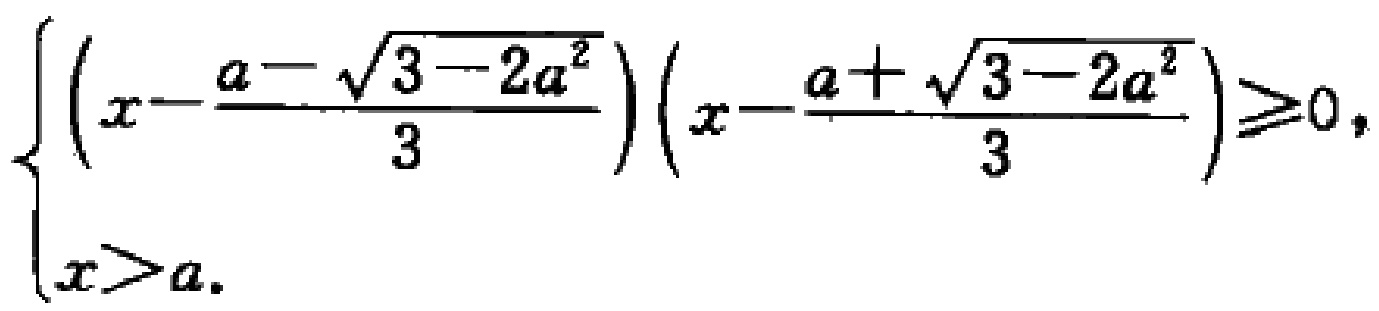
\[\begin{cases}
\left(x - \frac{a - \sqrt{3 - 2a^{2}}}{3}\right)\left(x - \frac{a + \sqrt{3 - 2a^{2}}}{3}\right) \geq 0,\\
x > a.
\end{cases}\]